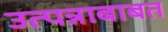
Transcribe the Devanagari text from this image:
उत्पन्नाबाबत